Report by Surgeon-Major Lyons, I.M.S., President of the Plague Research Committee - Part I
Disease focus: Plague
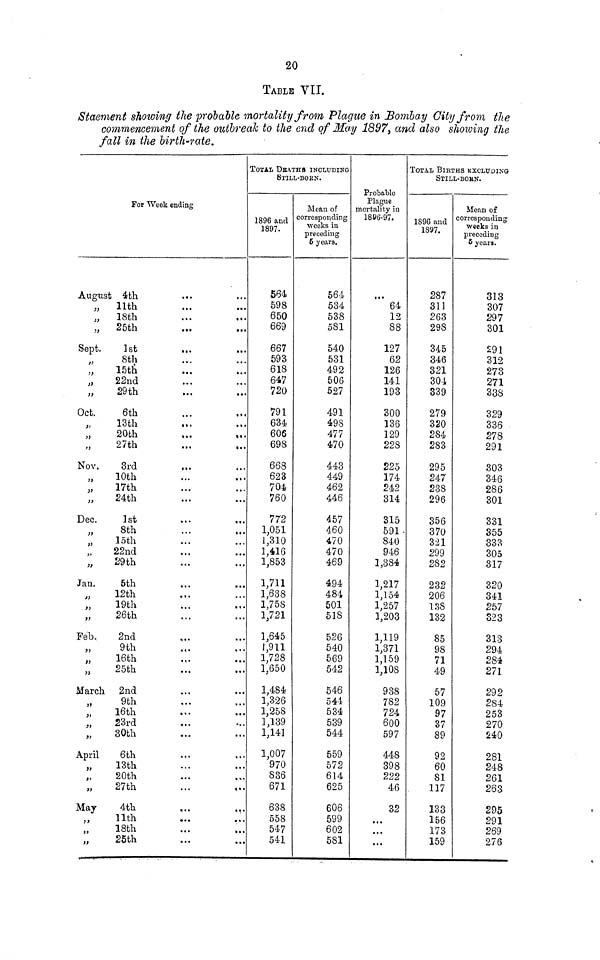
20
TABLE VU.
Staement showing the probable mortality from Plague in Bombay City from the
commencement of the outbreak to the end of May 1897, and also showing the
fall in the birth-rate.
For Week ending
August 4th
...
„
11th
„
18th
„
25th
Sept.
1st
8th
15th
22nd
29th
Oct.
6th
13th
20th
27th
Nov.
3rd
10th
17th
24th
Dec.
1st
8th
loth
22nd
29th
Jan.
5th
12th
19th
26th
Feb.
2nd
9th
16th
„
25th
March
2nd
9th
16th
23rd
30th
April
6th
13th
20th
27th
May
4th
11th
18th
25th
TOTAL DEATHS INCLUDING
STILL-BORN.
1896 and
1897.
564
598
650
669
667
593
618
647
720
791
634
606
698
668
623
704
760
772
1,051
1,310
1,416
1,853
1,711
1,638
1,758
1,721
1,645
1,911
1,728
1,650
1,484
1,326
1,258
1,139
1,141
1,007
970
836
671
638
558
547
541
Meau of
corresponding
weeks in
preceding
5 years.
564
534
538
581
540
531
492
506
527
491
498
477
470
443
449
462
446
457
460
470
470
469
494
484
501
518
526
540
569
542
546
544
534
539
544
559
572
614
625
606
599
602
581
Probable
Plague
mortality in
1886-97.
... 64
12
88
127
62
126
141
193
300
136
129
228
225
174
242
314
315
591-
840
946
1,384
1,217
1,154
1,257
1,203
1,119
1,371
1,159
1,108
938
782
724
600
597
448
398
222
46
32
...
...
...
TOTAL BIRTHS KXCLTTDING-
STILL-BOKN.
1896 and
1897.
287
311
263
298
345
346
321
301
339
279
320
284
283
295
247
238
296
356
370
321
299
282
232
206
138
132
85
98
71
49
57
109
97
37
89
92
60
81
117
133
156
173
159
Mean of
corresponding
weeks in
preceding
6 years.
313
307
297
301
291
312
273
271
338
329
336
278
291
303
346
286
301
331
355
333
305
317
320
341
257
323
313
294
284
271
292
284
253
270
240
281
248
261
263
295
291
269
276